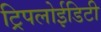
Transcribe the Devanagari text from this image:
ट्रिपलोईडिटी